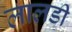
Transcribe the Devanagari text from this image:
लालडी